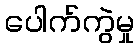
ပေါက်ကွဲမှု